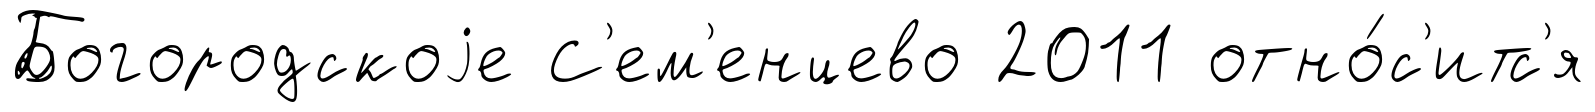
Богородскоjе С'ем'енцево 2011 отно́с'итс'я